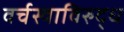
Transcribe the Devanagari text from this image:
वर्चस्वाविरुद्ध